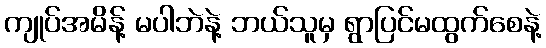
ကျုပ်အမိန့် မပါဘဲနဲ့ ဘယ်သူမှ ရွာပြင်မထွက်စေနဲ့